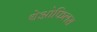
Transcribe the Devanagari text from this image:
थेओफिलस